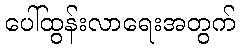
ပေါ်ထွန်းလာရေးအတွက်